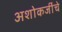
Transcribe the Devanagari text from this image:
अशोकजींचे